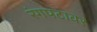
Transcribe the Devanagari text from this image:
रंगपटावर